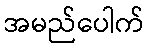
အမည်ပေါက်